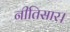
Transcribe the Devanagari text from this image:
नीतिसार।